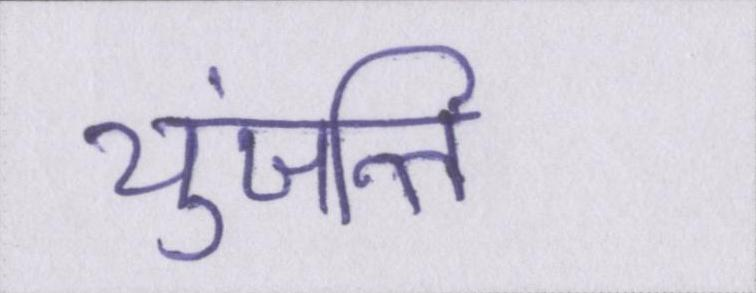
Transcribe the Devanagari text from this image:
युंजन्ति